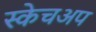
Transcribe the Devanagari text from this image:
स्केचअप